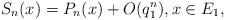
LaTeX: \begin{align*} S_n(x)=P_n(x)+O(q_1^n), x\in E_1,\end{align*}